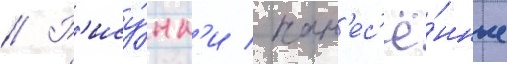
// Р'ису́нк'и / нан'ес'ё́нные